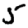
Digit: 5